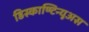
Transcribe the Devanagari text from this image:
डिस्काण्टिन्यूअस